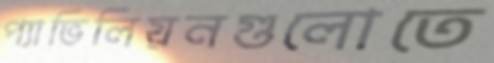
প্যাভিলিয়নগুলোতে